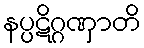
နပ္ပဋိဂ္ဂဏှာတိ